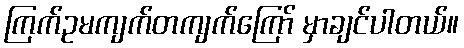
ကြက်ဥမကျက်တကျက်ကြော် မှာချင်ပါတယ်။